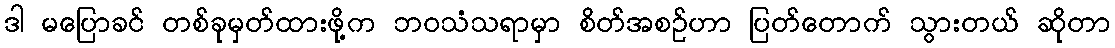
ဒါ မပြောခင် တစ်ခုမှတ်ထားဖို့က ဘဝသံသရာမှာ စိတ်အစဉ်ဟာ ပြတ်တောက် သွားတယ် ဆိုတာ